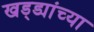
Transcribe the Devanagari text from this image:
खड्ड्यांच्या